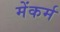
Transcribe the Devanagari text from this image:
मेंकर्म